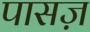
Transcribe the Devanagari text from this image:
पासज़